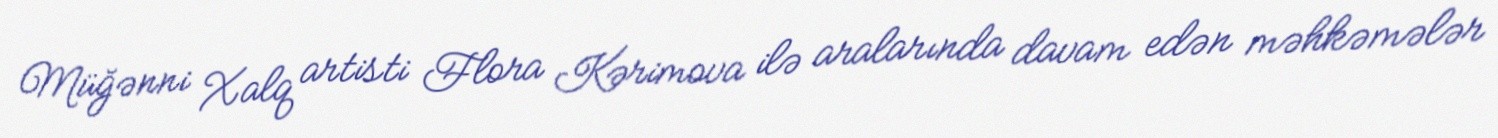
Müğənni Xalq artisti Flora Kərimova ilə aralarında davam edən məhkəmələr